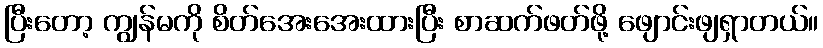
ပြီးတော့ ကျွန်မကို စိတ်အေးအေးထားပြီး စာဆက်ဖတ်ဖို့ ဖျောင်းဖျရှာတယ်။